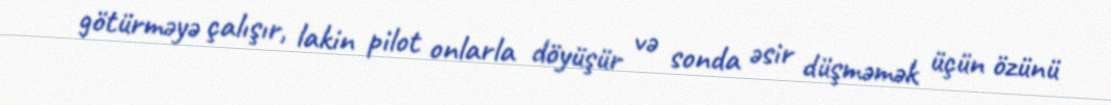
götürməyə çalışır, lakin pilot onlarla döyüşür və sonda əsir düşməmək üçün özünü